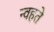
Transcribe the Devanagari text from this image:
न्वहते